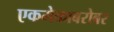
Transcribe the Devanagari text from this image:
एकमेकाबरोबर